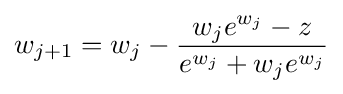
w_{j+1}=w_{j}-{\frac {w_{j}e^{w_{j}}-z}{e^{w_{j}}+w_{j}e^{w_{j}}}}